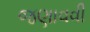
જણાવવી